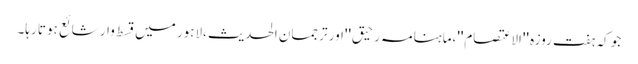
جو کہ ہفت روزہ ''الاعتصام''،ماہنامہ رحیق''اور ترجمان الحدیث ،لاہور میں قسط وار شائع ہوتا رہا۔